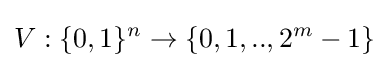
V:\{0,1\}^{n}\rightarrow \{0,1,..,2^{m}-1\}